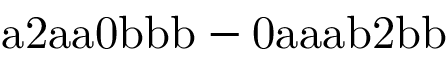
\mathrm { a 2 a a 0 b b b - 0 a a a b 2 b b }